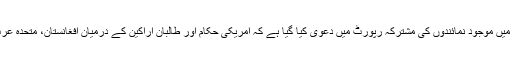
امریکی نشریاتی ادارے این بی سی نیوز کے کابل، پشاور اور واشنگٹن میں موجود نمائندوں کی مشترکہ رپورٹ میں دعویٰ کیا گیا ہے کہ امریکی حکام اور طالبان اراکین کے درمیان افغانستان، متحدہ عرب امارات (یو اے ای) اور قطر میں خفیہ مقامات پر ملاقاتیں ہوئیں ہیں۔